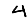
Digit: 4